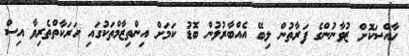
ހާއްސަކޮށް ޒުވާނުންގެ ފަރާތުން ލިބޭ އެއްބާރުލުން ބޮޑު ކަމަށް އިންތިޒާމްތަކުގައި ހަރަކާތްތެރިވާ އިސް